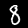
Digit: 8